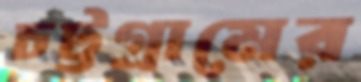
চট্টগ্রামের